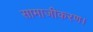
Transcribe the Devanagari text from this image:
सामाजीकरण।